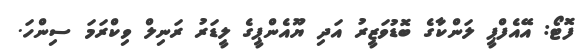
ފޮޓޯ: އޭއެފްޕީ ލަންކާގެ ބޮޑުވަޒީރު އަދި ޔޫއެންޕީގެ ލީޑަރު ރަނިލް ވިކްރަމަ ސިންހަ.